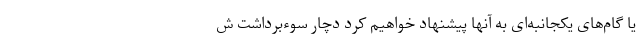
یا گام‌های یکجانبه‌ای به آنها پیشنهاد خواهیم کرد دچار سوءبرداشت ش